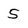
Character: 5